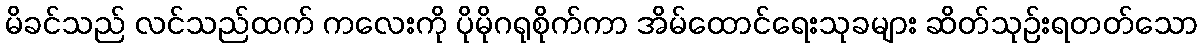
မိခင်သည် လင်သည်ထက် ကလေးကို ပိုမိုဂရုစိုက်ကာ အိမ်ထောင်ရေးသုခများ ဆိတ်သုဉ်းရတတ်သော